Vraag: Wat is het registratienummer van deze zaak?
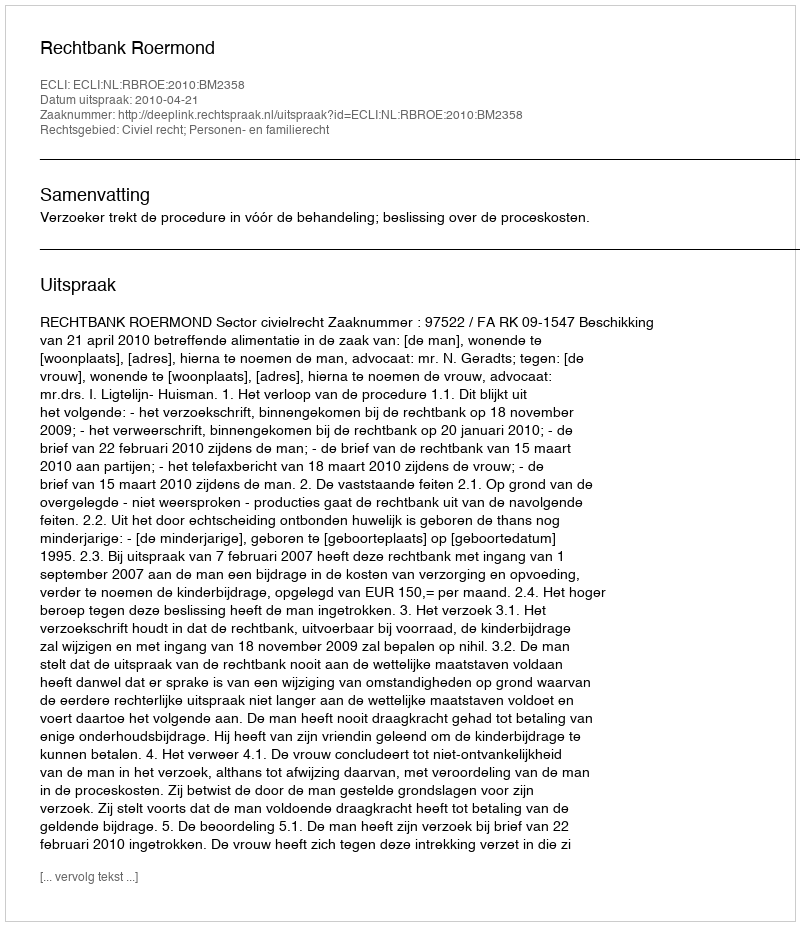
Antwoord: http://deeplink.rechtspraak.nl/uitspraak?id=ECLI:NL:RBROE:2010:BM2358